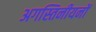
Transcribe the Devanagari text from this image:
अगस्तिनीयनों